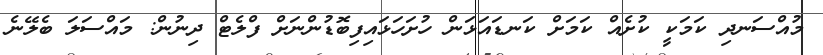
މުއްސަނދި ކަމަކީ ކުށެއް ކަމަށް ކަނޑައަޅަން ހުށަހަޅައިފިބޮޑުންނަށް ފްލެޓް ދިނުން: މައްސަލަ ބެލޭނެ